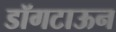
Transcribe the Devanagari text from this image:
डॉगटाऊन